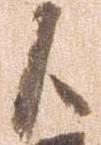
候